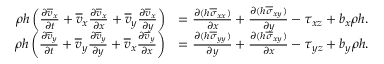
\begin{array} { r l } { \rho h \left( \frac { \partial \overline { { v } } _ { x } } { \partial t } + \overline { { v } } _ { x } \frac { \partial \overline { { v } } _ { x } } { \partial x } + \overline { { v } } _ { y } \frac { \partial \overline { { v } } _ { x } } { \partial y } \right) } & { = \frac { \partial ( h \overline { { \sigma } } _ { x x } ) } { \partial x } + \frac { \partial ( h \overline { { \sigma } } _ { x y } ) } { \partial y } - \tau _ { x z } + b _ { x } \rho h . } \\ { \rho h \left( \frac { \partial \overline { { v } } _ { y } } { \partial t } + \overline { { v } } _ { y } \frac { \partial \overline { { v } } _ { y } } { \partial y } + \overline { { v } } _ { x } \frac { \partial \overline { { v } } _ { y } } { \partial x } \right) } & { = \frac { \partial ( h \overline { { \sigma } } _ { y y } ) } { \partial y } + \frac { \partial ( h \overline { { \sigma } } _ { x y } ) } { \partial x } - \tau _ { y z } + b _ { y } \rho h . } \end{array}